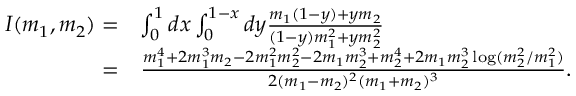
\begin{array} { r l } { I ( m _ { 1 } , m _ { 2 } ) = } & { \int _ { 0 } ^ { 1 } d x \int _ { 0 } ^ { 1 - x } d y \frac { m _ { 1 } ( 1 - y ) + y m _ { 2 } } { ( 1 - y ) m _ { 1 } ^ { 2 } + y m _ { 2 } ^ { 2 } } } \\ { = } & { \frac { m _ { 1 } ^ { 4 } + 2 m _ { 1 } ^ { 3 } m _ { 2 } - 2 m _ { 1 } ^ { 2 } m _ { 2 } ^ { 2 } - 2 m _ { 1 } m _ { 2 } ^ { 3 } + m _ { 2 } ^ { 4 } + 2 m _ { 1 } m _ { 2 } ^ { 3 } \log ( m _ { 2 } ^ { 2 } / m _ { 1 } ^ { 2 } ) } { 2 ( m _ { 1 } - m _ { 2 } ) ^ { 2 } ( m _ { 1 } + m _ { 2 } ) ^ { 3 } } . } \end{array}